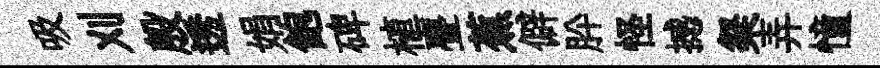
吸刈殷透娟飽碑植亹蕉僻肸怪撼粲弄憧